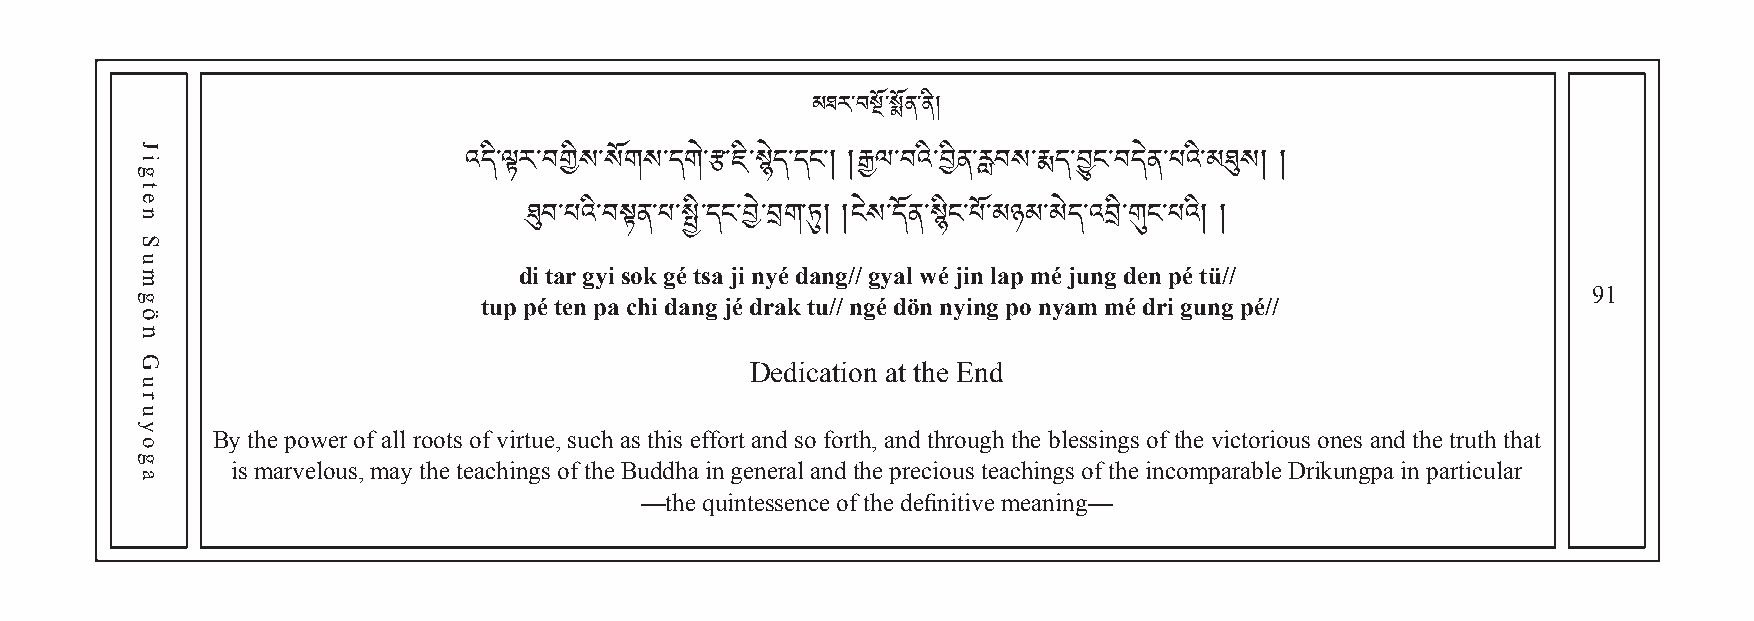
མཐར་བསྔོ་སྨོན་ནི།
 འདི་ལྟར་བགིས་སོགས་དགེ་རྩ་ཇི་སེད་དང་། །རྒྱལ་བའི་བིན་རླབས་རྨད་བྱུང་བདེན་པའི་མཐུས། །
 dཐུi བta་པr འgyི་བi སྟsoནk་ པg་éསྤ tི་sདaང j་iབ nེ་yབéག d་ཏུan། g།/ང/ ེསgy་དalོན w་སéིང ji་པn ོ་lམapཉ མm་མé ེjདu་འngབ ི་dགུeངn ་པpéའ tི།ü །//
 91
 tup pé ten pa chi dang jé drak tu// ngé dön nying po nyam mé dri gung pé//
 Dedication at the End
 By the power of all roots of virtue, such as this effort and so forth, and through the blessings of the victorious ones and the truth that
 is marvelous, may the teachings of the Buddha in general and the precious teachings of the incomparable Drikungpa in particular
 —the quintessence of the definitive meaning—
 Jigten
 Sumgön
 Guruyoga